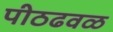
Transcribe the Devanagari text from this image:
पीठढवळ